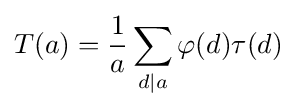
T(a)={\frac {1}{a}}\sum _{d\mid a}\varphi (d)\tau (d)